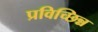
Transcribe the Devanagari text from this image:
प्रविच्छिन्न